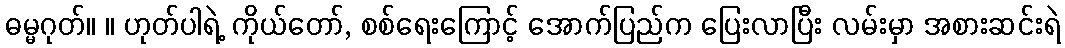
ဓမ္မဂုတ်။ ။ ဟုတ်ပါရဲ့ ကိုယ်တော်, စစ်ရေးကြောင့် အောက်ပြည်က ပြေးလာပြီး လမ်းမှာ အစားဆင်းရဲ